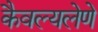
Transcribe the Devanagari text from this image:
कैवल्यलेणे